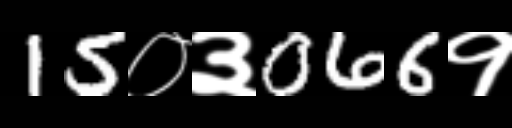
Text: 15०३066१